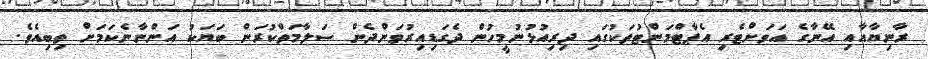
ރާނިޔާއާއި އޭނާގެ އަވަށްޓެރި އެޕާޓްމަންޓުތަކުގައި ދިރިއުޅުނުމީހުން ދެގަޑިއިރުވަންދެން ސަލާމަތްކުރަން ބަޔަކު އަންނާނެކަމަށް ތިބިއެވެ.